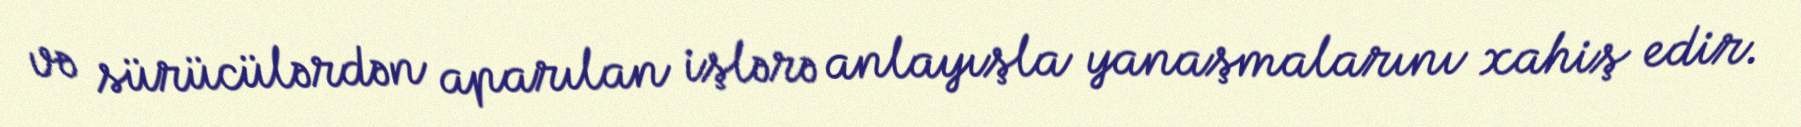
və sürücülərdən aparılan işlərə anlayışla yanaşmalarını xahiş edir.